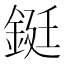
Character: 鋌